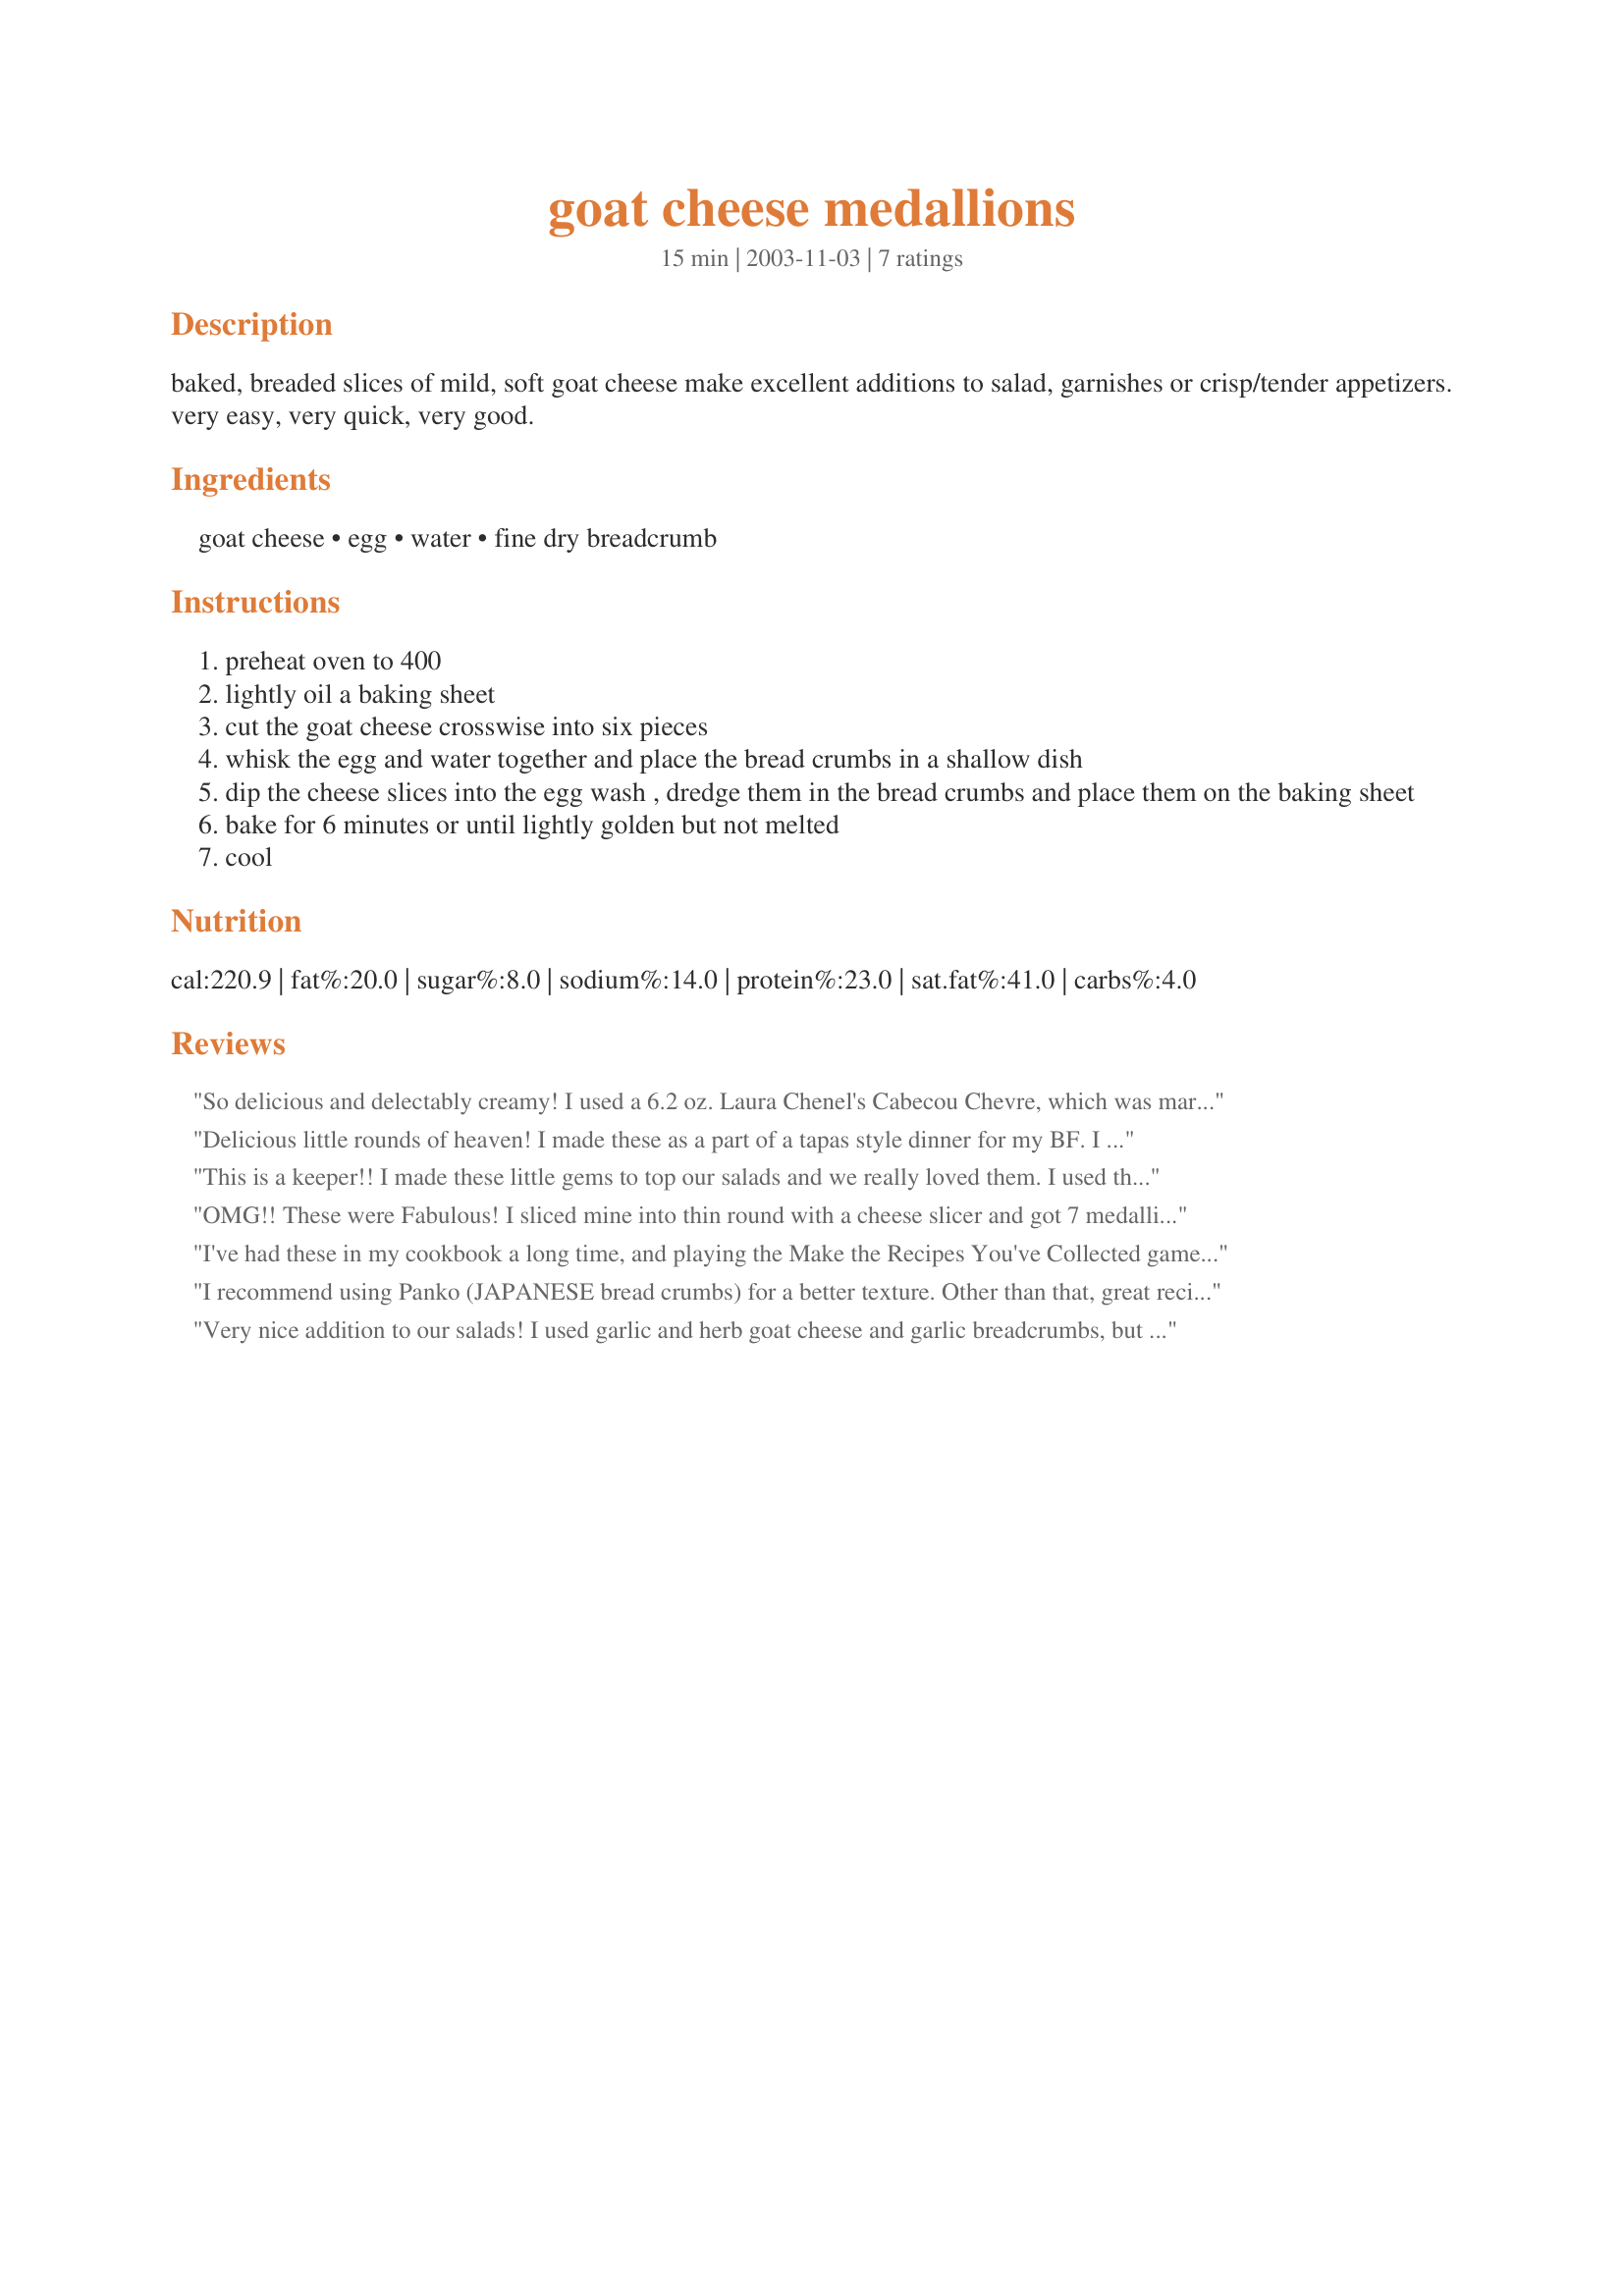
goat cheese medallions
Preparation time: 15 minutes

baked, breaded slices of mild, soft goat cheese make excellent additions to salad, garnishes or crisp/tender appetizers. very easy, very quick, very good.

Ingredients:
goat cheese, egg, water, fine dry breadcrumb

Steps:
preheat oven to 400
lightly oil a baking sheet
cut the goat cheese crosswise into six pieces
whisk the egg and water together and place the bread crumbs in a shallow dish
dip the cheese slices into the egg wash , dredge them in the bread crumbs and place them on the baking sheet
bake for 6 minutes or until lightly golden but not melted
cool

Reviews:
So delicious and delectably creamy! I used a 6.2 oz. Laura Chenel's Cabecou Chevre, which was marinated in herbs; I sliced into 3 good sized rounds, and followed the directions, using panko, for extra crunch. I served these with crackers, 1 per person and they were gobbled up! Thanks for sharing, sugarpea!
Delicious little rounds of heaven! I made these as a part of a tapas style dinner for my BF. I placed these on top of a mixed baby greens salad with vine ripe tomatoes. So elegant and simple! Thanks for sharing!
This is a keeper!! I made these little gems to top our salads and we really loved them. I used them over mixed greens with a raspberry vinaigrette. They were slightly crunchy on the outside and the inside had a warm and creamy consistency. I baked them a little longer then stated and lightly sprayed them with vegetable spray before baking which helps to make the breadcrumbs a little crispier. I also used Italian style breadcrumbs because that is what I had on hand. It really brought the salads over the top. I will be making these again but as an appetizer this time. I plan to try other flavors of goat cheese for a little variety, as suggested by another reviewer. It's so nice to have a recipe that can be used in different ways. Thanks for posting!
OMG!! These were Fabulous! I sliced mine into thin round with a cheese slicer and got 7 medallions from a 4oz log. I think the 1 cup of breadcrumbs was way over the top and I will only use 1/2 cup or less next time. Cooked these for 6 minutes on one side, flipped and 3 minutes on the other. Golden brown and so warm and yummy! I ate the whole thing on a bead of Mache lettuce blend, thin sliced red onions and a light vinegrette. Thanks soooooooo much!
I've had these in my cookbook a long time, and playing the Make the Recipes You've Collected game, I decided to make them. I'm so glad I did! They made the perfect topping for my salad! Thank you sugar!
I recommend using Panko (JAPANESE bread crumbs) for a better texture. Other than that, great recipe. thanks!
Very nice addition to our salads! I used garlic and herb goat cheese and garlic breadcrumbs, but I baked for 10 minutes (we like the breadcrumbs a bit crispier). Great idea - thanks for posting this!
